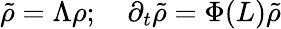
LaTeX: \tilde{\rho}=\Lambda\rho;\quad\partial_{t}\tilde{\rho}=\Phi(L)\tilde{\rho}